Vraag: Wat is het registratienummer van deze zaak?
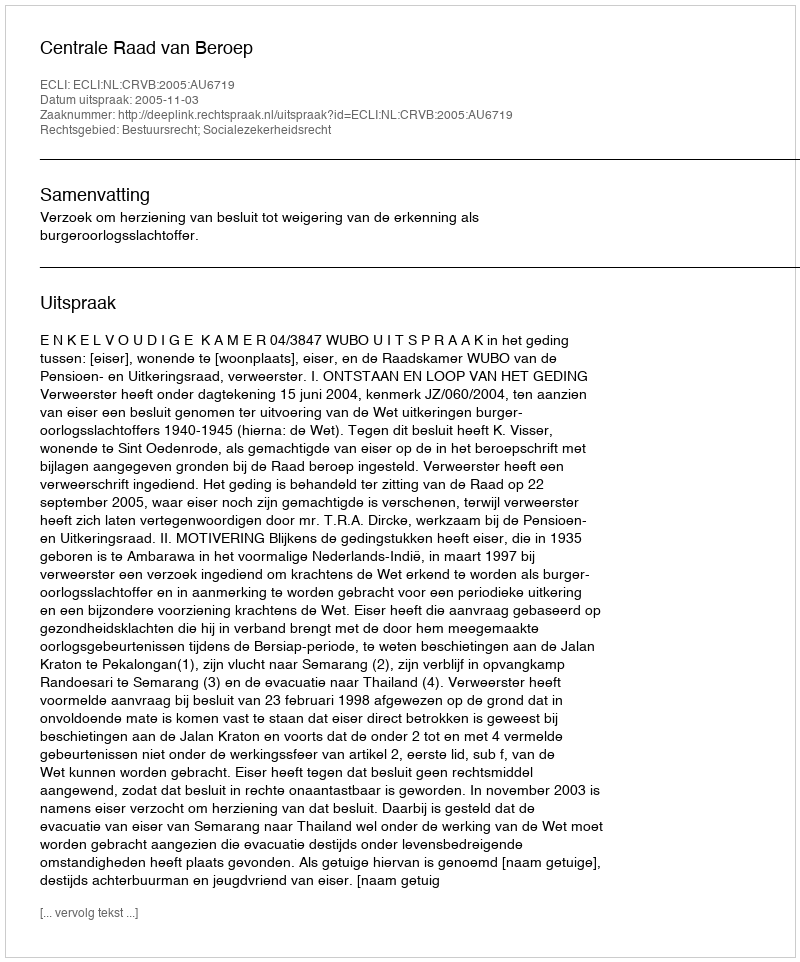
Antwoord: http://deeplink.rechtspraak.nl/uitspraak?id=ECLI:NL:CRVB:2005:AU6719